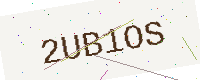
Text: 2UB1OS